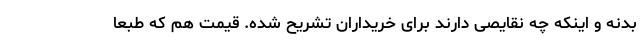
بدنه و اینکه چه نقایصی دارند برای خریداران تشریح شده. قیمت هم که طبعا